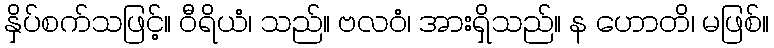
နှိပ်စက်သဖြင့်။ ဝီရိယံ၊ သည်။ ဗလဝံ၊ အားရှိသည်။ န ဟောတိ၊ မဖြစ်။